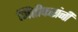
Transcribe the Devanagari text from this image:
जिंतीकरांनी